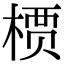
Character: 槚